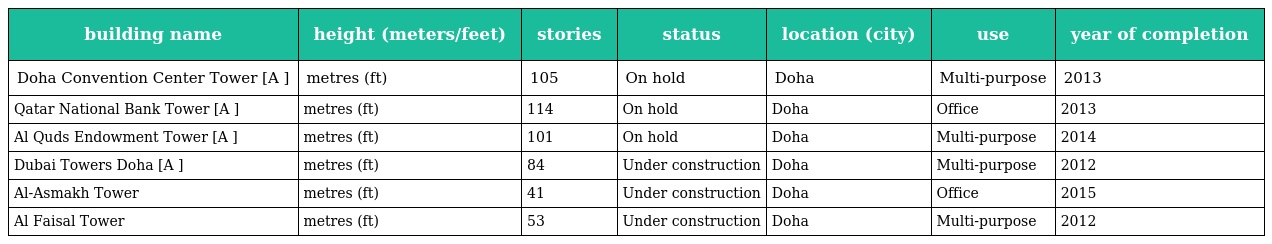
| building name | height (meters/feet) | stories | status | location (city) | use | year of completion |
 | --- | --- | --- | --- | --- | --- | --- |
 | Doha Convention Center Tower [A ] | metres (ft) | 105 | On hold | Doha | Multi-purpose | 2013 |
 | Qatar National Bank Tower [A ] | metres (ft) | 114 | On hold | Doha | Office | 2013 |
 | Al Quds Endowment Tower [A ] | metres (ft) | 101 | On hold | Doha | Multi-purpose | 2014 |
 | Dubai Towers Doha [A ] | metres (ft) | 84 | Under construction | Doha | Multi-purpose | 2012 |
 | Al-Asmakh Tower | metres (ft) | 41 | Under construction | Doha | Office | 2015 |
 | Al Faisal Tower | metres (ft) | 53 | Under construction | Doha | Multi-purpose | 2012 |